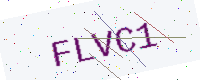
Text: FLVC1